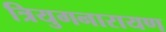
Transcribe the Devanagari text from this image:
त्रियुगनारायण